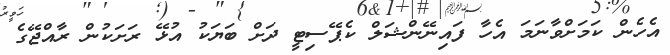
އެހެން ކަމަށްވާނަމަ އެހާ ފައިނޭންޝަލް ކެޕޭސިޓީ ދަށް ބަޔަކު އުޅޭ ރަށަކުން ރާއްޖޭގެ